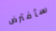
سأفترض